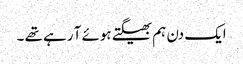
ایک دن ہم بھیگتے ہوئے آ رہے تھے ۔